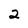
Character: 2